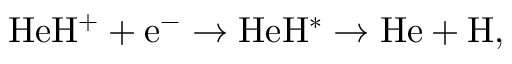
\mathrm { H e H ^ { + } } + \mathrm { e ^ { - } } \rightarrow \mathrm { H e H ^ { * } } \rightarrow \mathrm { H e } + \mathrm { H } ,